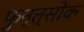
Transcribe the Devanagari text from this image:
फुन्त्सोक